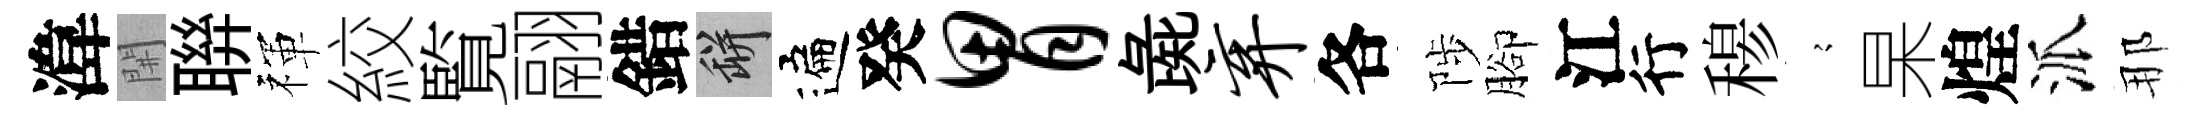
湋𨳩聨禈絞覧翮錯瓶遍癸胃彘弃各陟腳江行𥠇𡪹杲煌派那